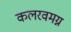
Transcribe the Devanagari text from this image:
कलरवमग्न